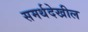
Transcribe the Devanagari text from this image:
समर्थदेखील